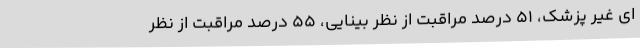
ای غیر پزشک، 51 درصد مراقبت از نظر بینایی، 55 درصد مراقبت از نظر